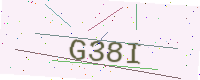
Text: G38I